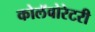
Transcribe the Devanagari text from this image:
कोलॅबोरेटरी